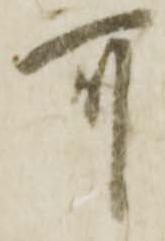
可